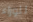
للوراء